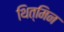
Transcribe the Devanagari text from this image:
थित्मिन